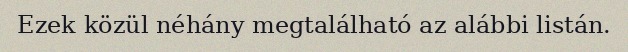
Ezek közül néhány megtalálható az alábbi listán.